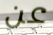
عن